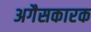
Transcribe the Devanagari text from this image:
अगैसकारक